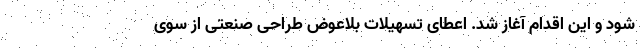
شود و این اقدام آغاز شد. اعطای تسهیلات بلاعوض طراحی صنعتی از سوی